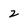
Character: 2